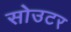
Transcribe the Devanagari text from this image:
सोउटर